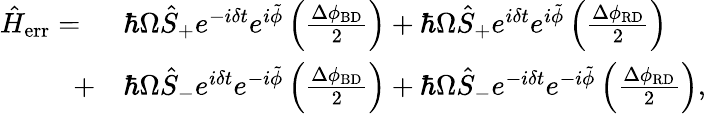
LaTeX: \begin{array}{rl}{\hat{H}_{\mathrm{err}}=\ }&{\hbar\Omega\hat{S}_{+}e^{-i\delta t}e^{i\tilde{\phi}}\left(\frac{\Delta\phi_{\mathrm{BD}}}{2}\right)+\hbar\Omega\hat{S}_{+}e^{i\delta t}e^{i\tilde{\phi}}\left(\frac{\Delta\phi_{\mathrm{RD}}}{2}\right)}\\ {+}&{\hbar\Omega\hat{S}_{-}e^{i\delta t}e^{-i\tilde{\phi}}\left(\frac{\Delta\phi_{\mathrm{BD}}}{2}\right)+\hbar\Omega\hat{S}_{-}e^{-i\delta t}e^{-i\tilde{\phi}}\left(\frac{\Delta\phi_{\mathrm{RD}}}{2}\right),}\end{array}